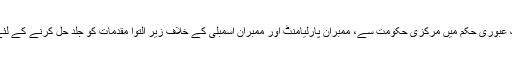
ادھر سپریم کورٹ نے گزشتہ روز اپنے ایک عبوری حکم میں مرکزی حکومت سے، ممبران پارلیامنٹ اور ممبران اسمبلی کے خلاف زیر التوا مقدمات کو جلد حل کرنے کے لئے اقدامات کئے جانے کا حکم صادر کیا ہے۔